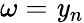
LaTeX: \omega=\mathit{y}_{n}